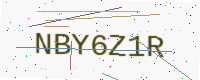
Text: NBY6Z1R